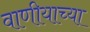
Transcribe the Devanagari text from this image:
वाणीयाच्या